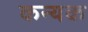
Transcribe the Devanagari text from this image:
कन्यक